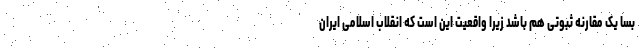
بسا یک مقارنه ثبوتی هم باشد زیرا واقعیت این است که انقلاب اسلامی ایران